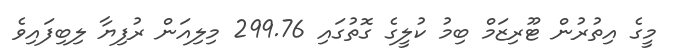
މީގެ އިތުރުން ޓޫރިޒަމް ބިމު ކުލީގެ ގޮތުގައި 299.76 މިލިއަން ރުފިޔާ ލިބިފައިވެ